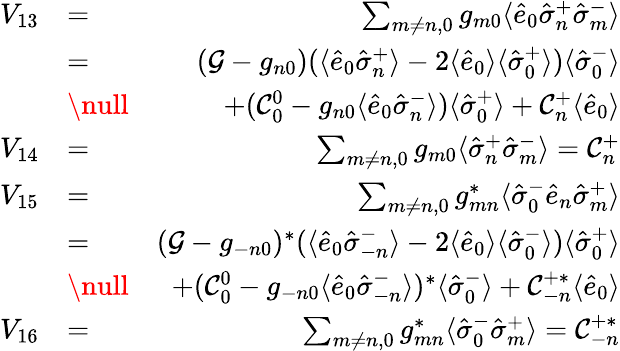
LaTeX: \begin{array}{rlr}{V_{13}}&{=}&{\sum_{m\neq n,0}g_{m0}\langle\hat{e}_{0}\hat{\sigma}_{n}^{+}\hat{\sigma}_{m}^{-}\rangle}\\ &{=}&{({\cal G}-g_{n0})(\langle\hat{e}_{0}\hat{\sigma}_{n}^{+}\rangle-2\langle\hat{e}_{0}\rangle\langle\hat{\sigma}_{0}^{+}\rangle)\langle\hat{\sigma}_{0}^{-}\rangle}\\ &{\null}&{+({\cal C}_{0}^{0}-g_{n0}\langle\hat{e}_{0}\hat{\sigma}_{n}^{-}\rangle)\langle\hat{\sigma}_{0}^{+}\rangle+{\cal C}_{n}^{+}\langle\hat{e}_{0}\rangle}\\ {V_{14}}&{=}&{\sum_{m\neq n,0}g_{m0}\langle\hat{\sigma}_{n}^{+}\hat{\sigma}_{m}^{-}\rangle={\cal C}_{n}^{+}}\\ {V_{15}}&{=}&{\sum_{m\neq n,0}g_{mn}^{*}\langle\hat{\sigma}_{0}^{-}\hat{e}_{n}\hat{\sigma}_{m}^{+}\rangle}\\ &{=}&{({\cal G}-g_{-n0})^{*}(\langle\hat{e}_{0}\hat{\sigma}_{-n}^{-}\rangle-2\langle\hat{e}_{0}\rangle\langle\hat{\sigma}_{0}^{-}\rangle)\langle\hat{\sigma}_{0}^{+}\rangle}\\ &{\null}&{+({\cal C}_{0}^{0}-g_{-n0}\langle\hat{e}_{0}\hat{\sigma}_{-n}^{-}\rangle)^{*}\langle\hat{\sigma}_{0}^{-}\rangle+{\cal C}_{-n}^{+*}\langle\hat{e}_{0}\rangle}\\ {V_{16}}&{=}&{\sum_{m\neq n,0}g_{mn}^{*}\langle\hat{\sigma}_{0}^{-}\hat{\sigma}_{m}^{+}\rangle={\cal C}_{-n}^{+*}}\end{array}